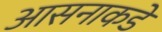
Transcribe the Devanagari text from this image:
आसनाकडे